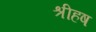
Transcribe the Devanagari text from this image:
श्रीहष